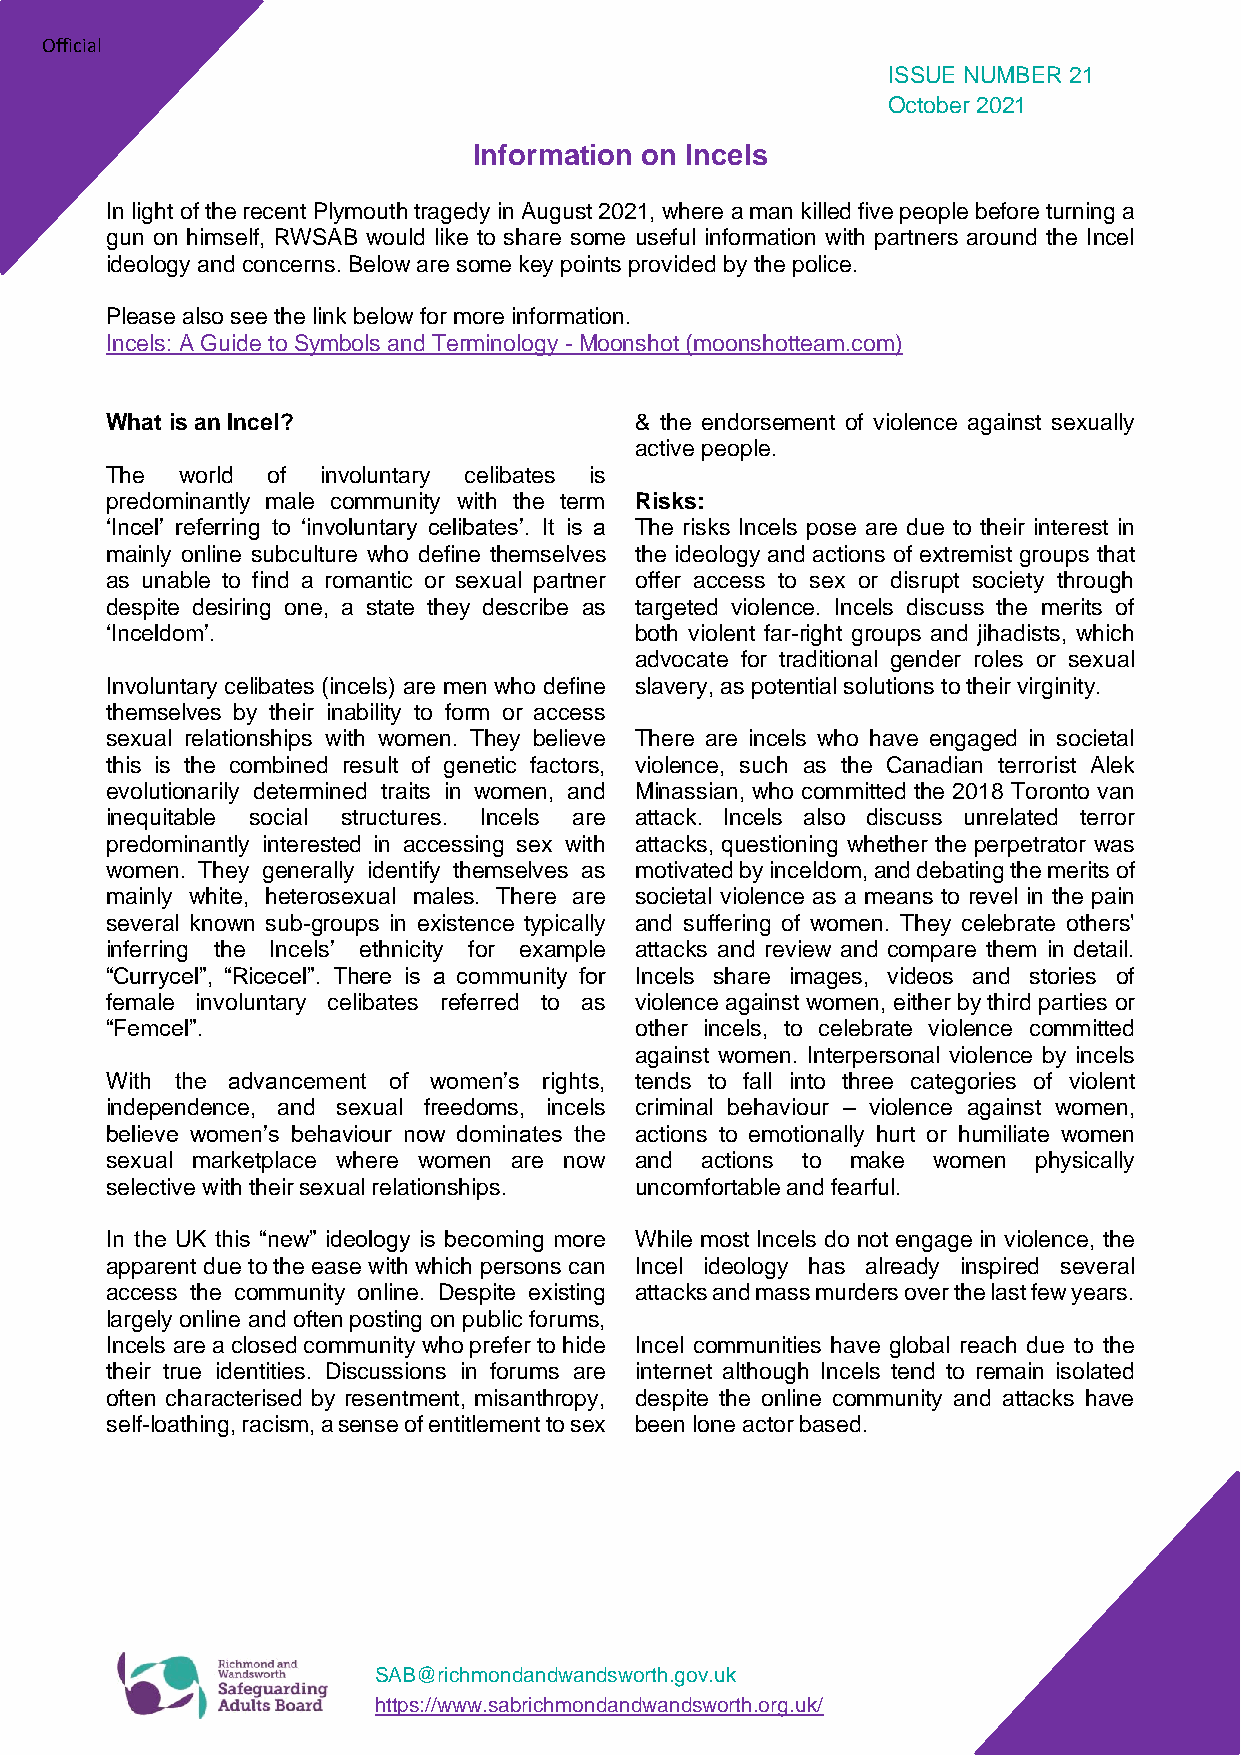
Official
 ISSUE NUMBER 21
 October 2021
 Information on Incels
 In light of the recent Plymouth tragedy in August 2021, where a man killed five people before turning a
 gun on himself, RWSAB would like to share some useful information with partners around the Incel
 ideology and concerns. Below are some key points provided by the police.
 Please also see the link below for more information.
 Incels: A Guide to Symbols and Terminology - Moonshot (moonshotteam.com)
 What is an Incel?                  & the endorsement of violence against sexually
 active people.
 The  world of involuntary celibates is
 predominantly male community with the term Risks:
 ‘Incel’ referring to ‘involuntary celibates’. It is a The risks Incels pose are due to their interest in
 mainly online subculture who define themselves the ideology and actions of extremist groups that
 as unable to find a romantic or sexual partner offer access to sex or disrupt society through
 despite desiring one, a state they describe as targeted violence. Incels discuss the merits of
 ‘Inceldom’.                        both violent far-right groups and jihadists, which
 advocate for traditional gender roles or sexual
 Involuntary celibates (incels) are men who define slavery, as potential solutions to their virginity.
 themselves by their inability to form or access
 sexual relationships with women. They believe There are incels who have engaged in societal
 this is the combined result of genetic factors, violence, such as the Canadian terrorist Alek
 evolutionarily determined traits in women, and Minassian, who committed the 2018 Toronto van
 inequitable social structures. Incels are attack. Incels also discuss unrelated terror
 predominantly interested in accessing sex with attacks, questioning whether the perpetrator was
 women. They generally identify themselves as motivated by inceldom, and debating the merits of
 mainly white, heterosexual males. There are societal violence as a means to revel in the pain
 several known sub-groups in existence typically and suffering of women. They celebrate others'
 inferring the Incels’ ethnicity for example attacks and review and compare them in detail.
 “Currycel”, “Ricecel”. There is a community for Incels share images, videos and stories of
 female involuntary celibates referred to as violence against women, either by third parties or
 “Femcel”.                          other incels, to celebrate violence committed
 against women. Interpersonal violence by incels
 With the advancement of women’s rights, tends to fall into three categories of violent
 independence, and sexual freedoms, incels criminal behaviour – violence against women,
 believe women’s behaviour now dominates the actions to emotionally hurt or humiliate women
 sexual marketplace where women are now and actions to make women physically
 selective with their sexual relationships. uncomfortable and fearful.
 In the UK this “new” ideology is becoming more While most Incels do not engage in violence, the
 apparent due to the ease with which persons can Incel ideology has already inspired several
 access the community online. Despite existing attacks and mass murders over the last few years.
 largely online and often posting on public forums,
 Incels are a closed community who prefer to hide Incel communities have global reach due to the
 their true identities. Discussions in forums are internet although Incels tend to remain isolated
 often characterised by resentment, misanthropy, despite the online community and attacks have
 self-loathing, racism, a sense of entitlement to sex been lone actor based.
 SAB@richmondandwandsworth.gov.uk
 https://www.sabrichmondandwandsworth.org.uk/